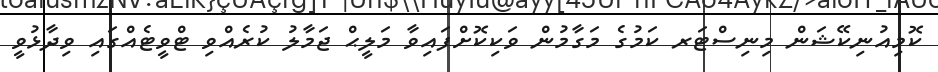
ކޮމިއުނިކޭޝަން މިނިސްޓަރ ކަމުގެ މަގާމުން ވަކިކޮށްފައިވާ މަލީޙް ޖަމާލު ކުރެއްވި ޓްވީޓެއްގައި ވިދާޅުވީ